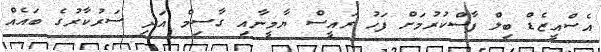
އެސްއީޒެޑް ބިލް ފާސްްކުރުމަށް ފަހު ރައީސް ޔާމީނާއި ގާސިމް އަދި ސަރުކާރުގެ ބައެއް